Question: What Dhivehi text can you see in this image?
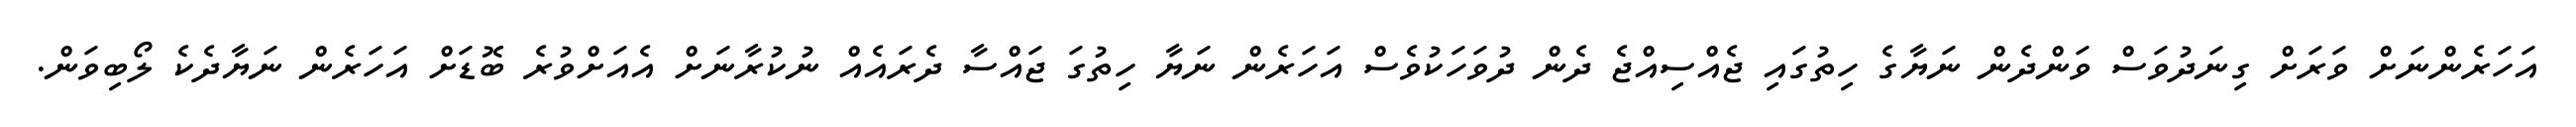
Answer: އަހަރެންނަށް ވަރަށް ގިނަދުވަސް ވަންދެން ނަޔާގެ ހިތުގައި ޖެއްސިއްޖެ ދެން ދުވަހަކުވެސް އަހަރެން ނަޔާ ހިތުގަ ޖައްސާ ދެރައެއް ނުކުރާނަށް އެއަށްވުރެ ބޮޑަށް އަހަރެން ނަޔާދެކެ ލޯބިވަން.